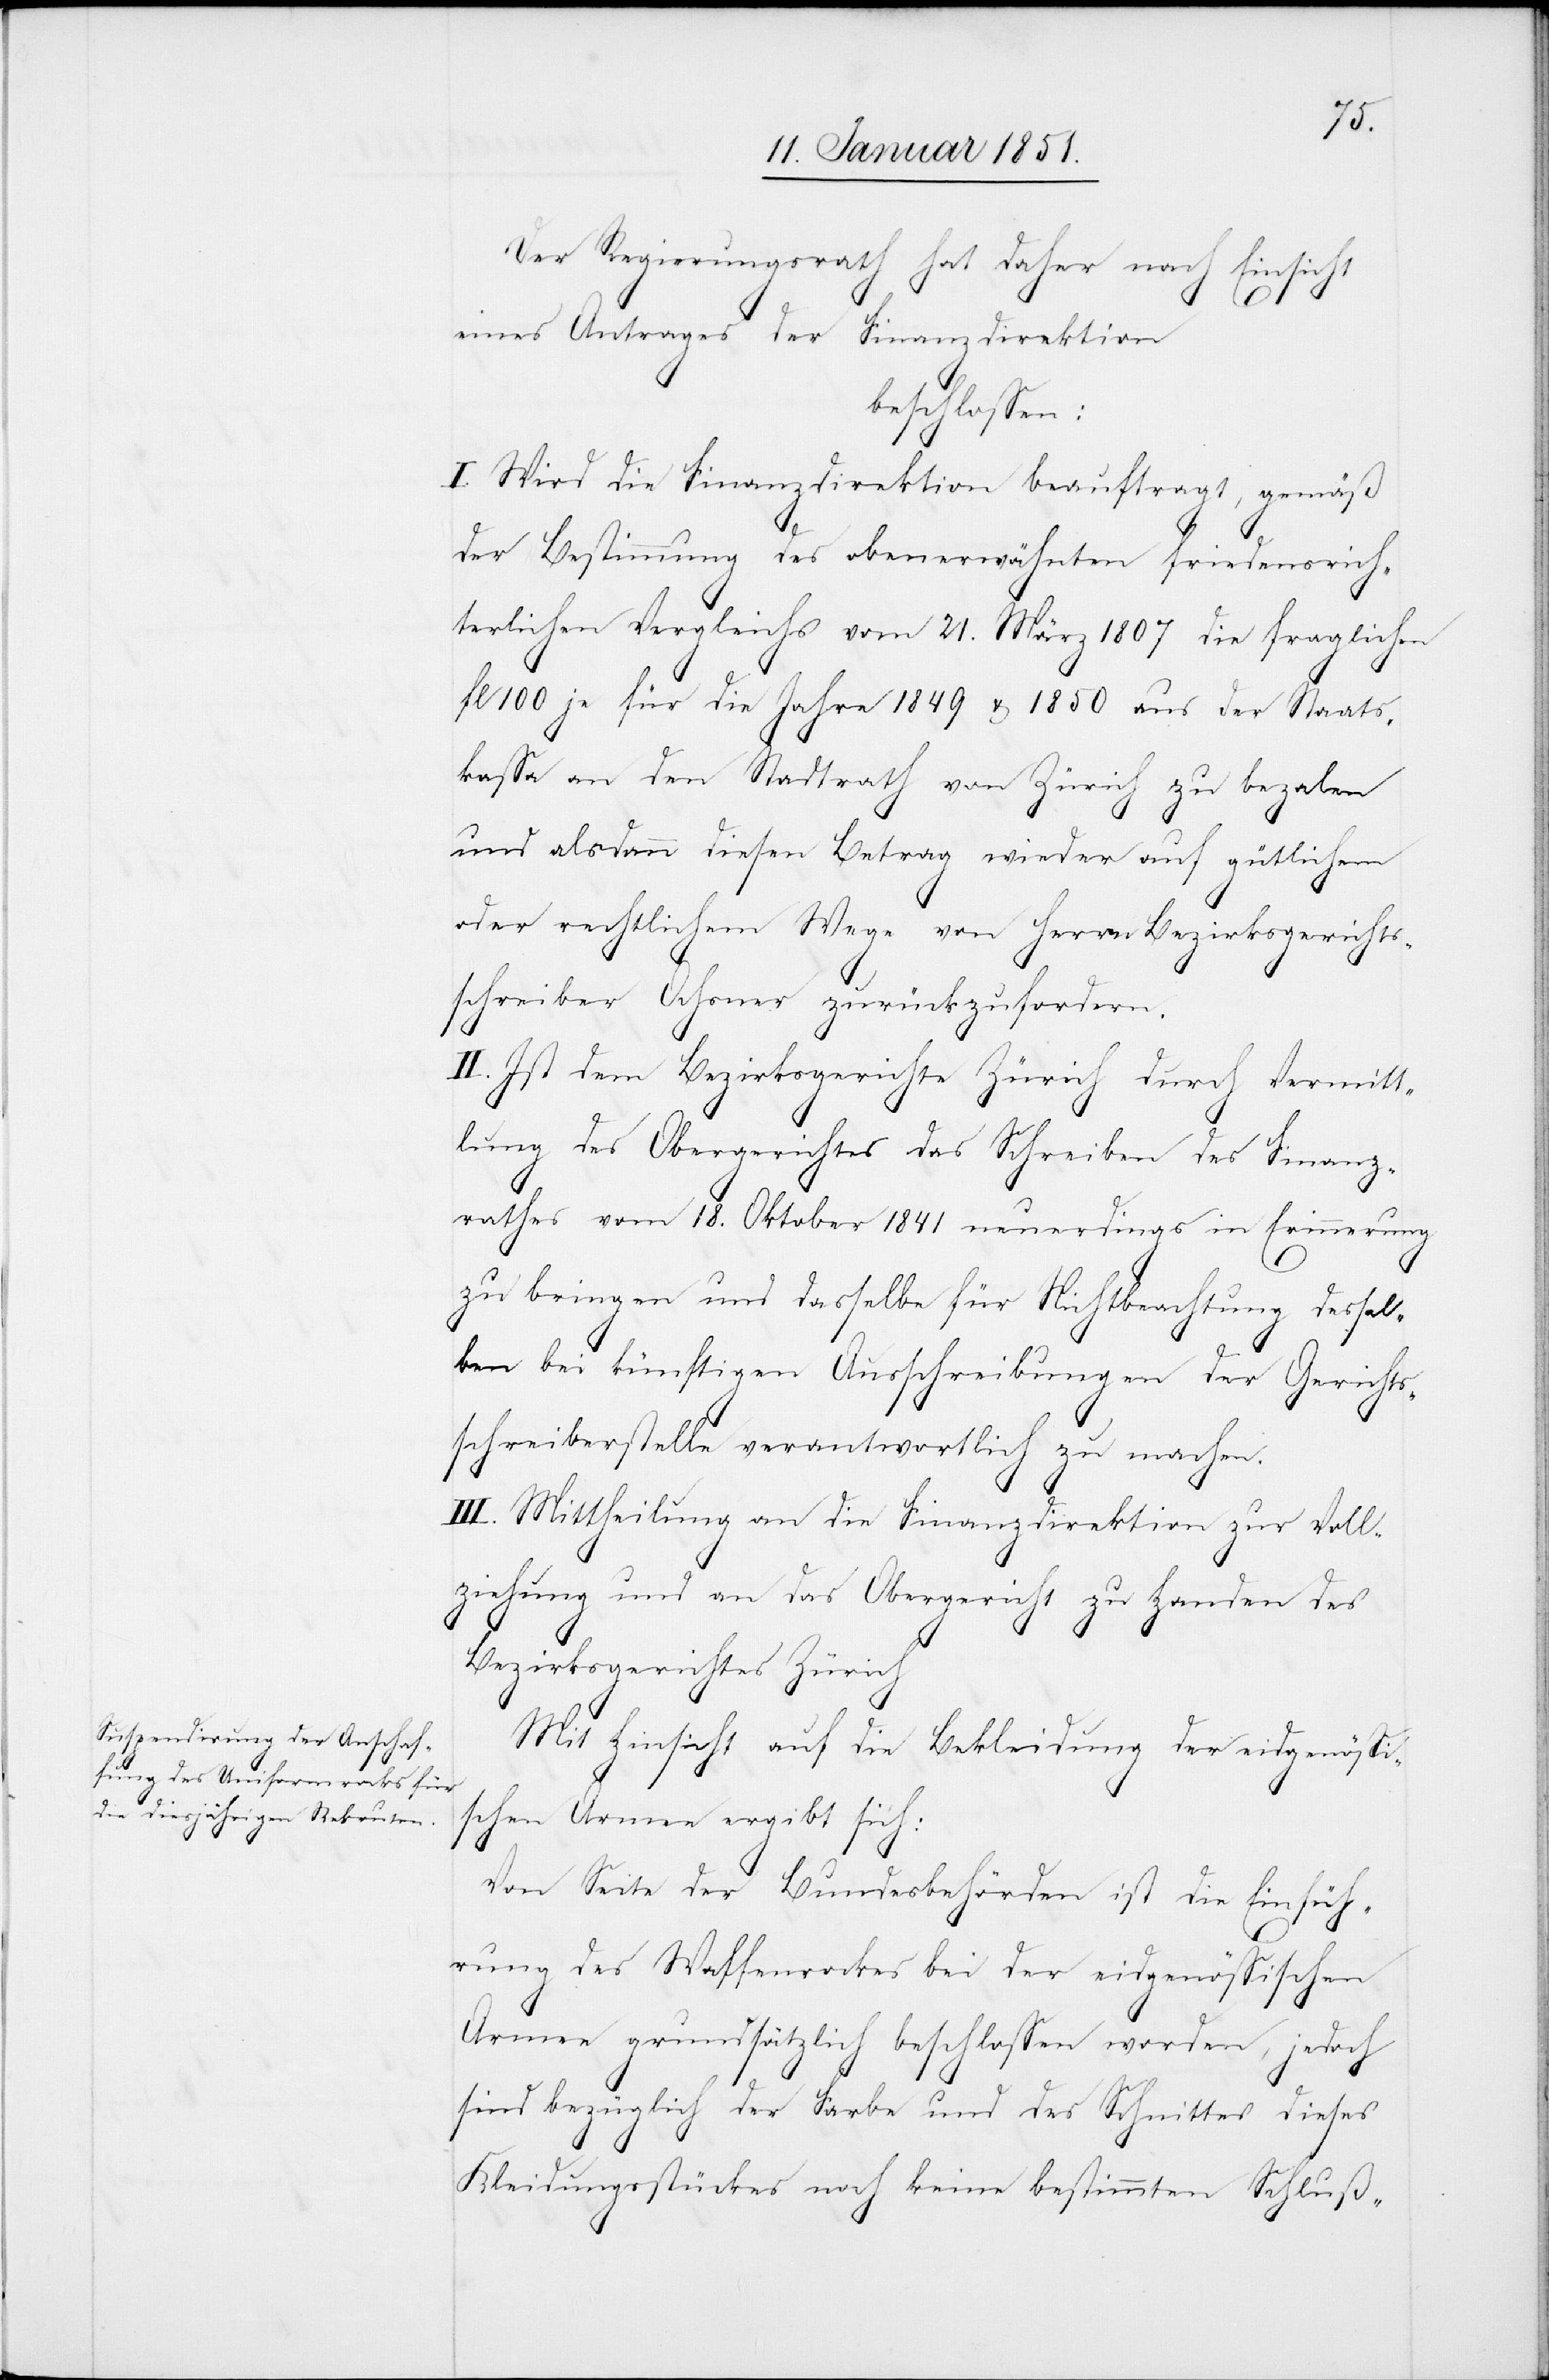
Der Regierungsrath hat daher nach Einsicht
eines Antrages der Finanzdirektion
beschlossen:
I. Wird die Finanzdirektion beauftragt, gemäß
der Bestimmung des obenerwähnten friedensrich¬
terlichen Vergleichs vom 21. März 1807 die fraglichen
fl 100 je für die Jahre 1849 u. 1850 aus der Staats¬
kassa an den Stadtrath von Zürich zu beza[h]len
und alsdann diesen Betrag wieder auf gütlichem
oder rechtlichem Wege von Herrn Bezirksgerichts¬
schreiber Ochsner zurückzufordern.
II. Ist dem Bezirksgerichte Zürich durch Vermitt¬
lung des Obergerichtes das Schreiben des Finanz¬
rathes vom 18. Oktober 1841 neuerdings in Erinnerung
zu bringen und dasselbe für Nichtbeachtung dessel¬
ben bei künftigen Ausschreibungen der Gerichts¬
schreiberstelle verantwortlich zu machen.
III. Mittheilung an die Finanzdirektion zur Voll¬
ziehung und an das Obergericht zu Handen des
Bezirksgerichtes Zürich.
Mit Hinsicht auf die Bekleidung der eidgenössi¬
schen Armee ergibt sich:
Von Seite der Bundesbehörden ist die Einfüh¬
rung des Waffenrockes bei der eidgenössischen
Armee grundsätzlich beschlossen worden, jedoch
sind bezüglich der Farbe und des Schnittes dieses
Kleidungsstückes noch keine bestimmten Schluß-